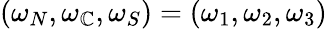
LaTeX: (\omega_{N},\omega_{\mathbb{C}},\omega_{S})=(\omega_{1},\omega_{2},\omega_{3})